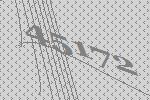
45172